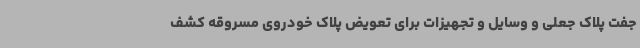
جفت پلاک جعلی و وسایل و تجهیزات برای تعویض پلاک خودروی مسروقه کشف